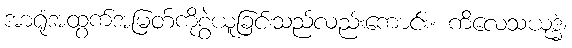
အာရုံအထွက်အမြတ်ကိုစွဲယူခြင်းသည်လည်းကောင်း။ ကိလေသယုဒ္ဓံ၊